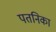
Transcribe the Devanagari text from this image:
पतनिका